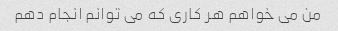
من می خواهم هر کاری که می توانم انجام دهم